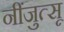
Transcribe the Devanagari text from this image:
नींजुत्सू